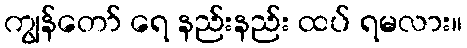
ကျွန်တော် ရေ နည်းနည်း ထပ် ရမလား။